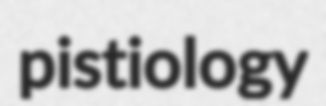
pistiology